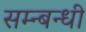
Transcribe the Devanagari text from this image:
सम्न्बन्धी